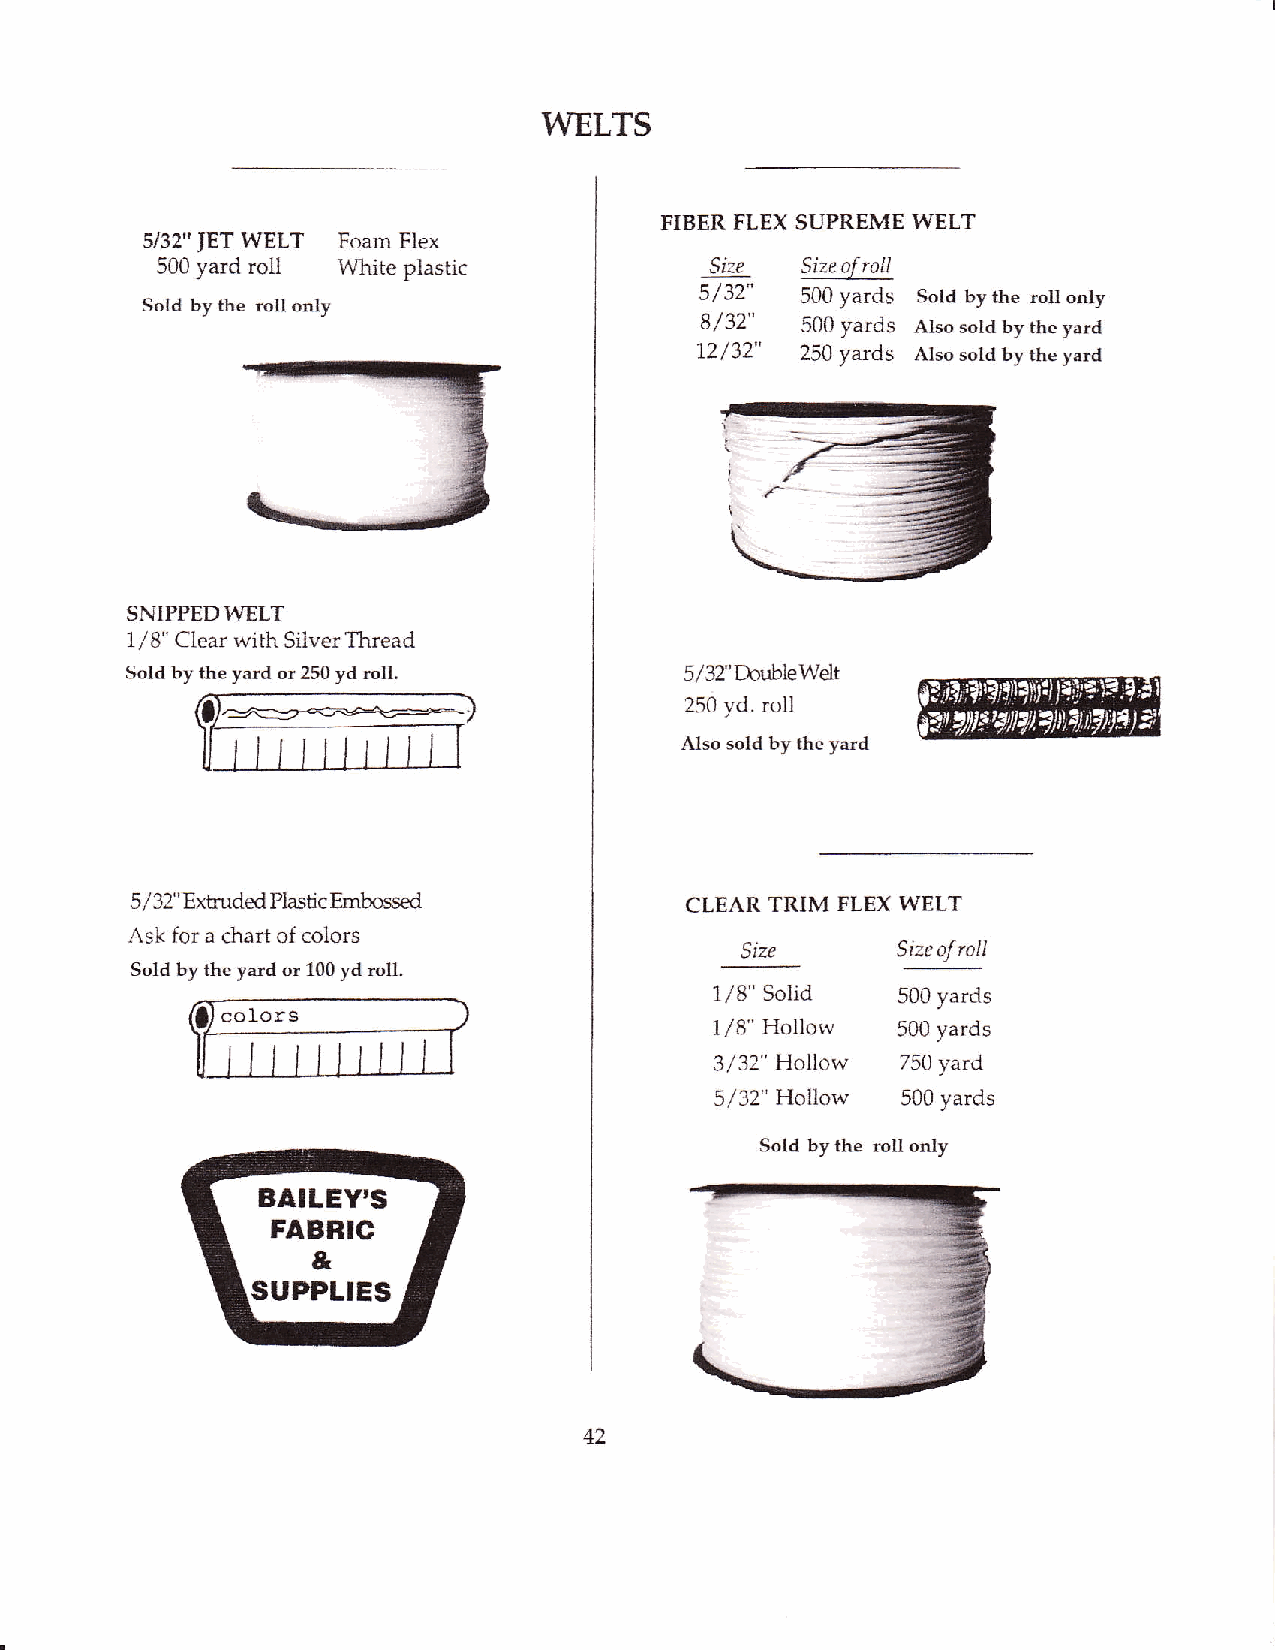
WELTS
 FIBER FLEX SUPREME WELT
 s/32" JET WELT Foanr Flex
 500 yard roll White plastic          Size
 Sold by the roll only                J/ ):  500 yards Sold by the roll only
 8/32"  500 yards Also sold by the yard
 12/32" 250 yards Also sold by the yard
 SNIPPEDWELT
 1/8" Clear with Silver Thread
 Sold by the yard or 250 yd roll.     5/32'Double Welt
 CI.==,:;.:*,€
 250 yd. roll
 llrtriilirTl
 Also sold by the yard
 5/32" Extruded l']lastic Embossed   CLEAR TRIM FLEX WELT
 Ask for a chart of colors               Size
 Size of nsll
 Sold by the yard or 100 yd roll.
 1/8" Solid  500 yards
 colors
 1/8" Hollorv 500 yards
 3,/32" Holbw 750 yard
 5/32" Hollow 500 yards
 Sold by the roll only
 BAILEY'S
 FABFIC
 &
 supPLtEs
 42